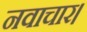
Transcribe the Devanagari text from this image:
नवाचार।